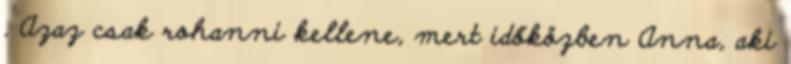
. Azaz csak rohanni kellene, mert időközben Anna, aki